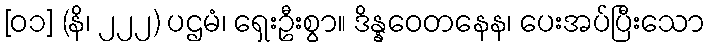
[၀၁] (နိ၊ ၂၂၂) ပဌမံ၊ ရှေးဦးစွာ။ ဒိန္နဝေတနေန၊ ပေးအပ်ပြီးသော